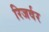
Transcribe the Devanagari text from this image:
रिजर्वर